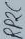
Text: RP2C